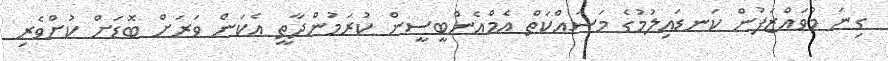
ގިނަ މުވައްޒަފުން ކަނޑައިލުމުގެ މަސައްކަތް އެމްއެންބީސީން ކުރަމުންދާތީ އެކަން ވަރަށް ބޮޑަށް ކުށްވެރި